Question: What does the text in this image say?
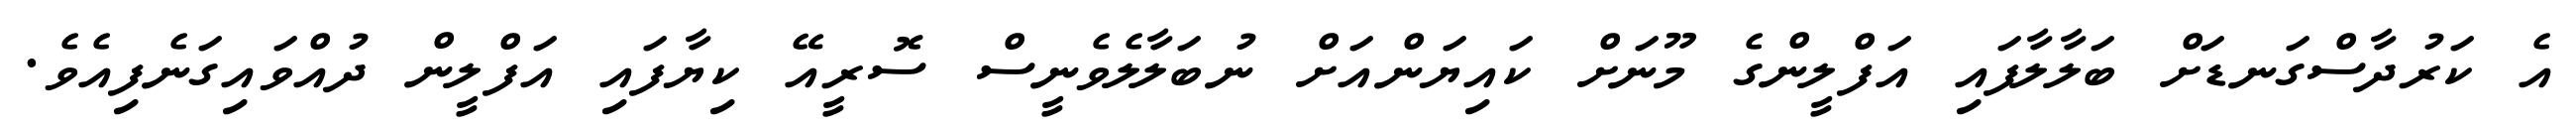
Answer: އެ ކަރުދާސްގަނޑަށް ބަލާލާފައި އަފްލީންގެ މޫނަށް ކައިޔަންއަށް ނުބަލާލެވެނީސް ސޮރީއޭ ކިޔާފައި އަފްލީން ދުއްވައިގަނެފިއެވެ.